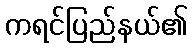
ကရင်ပြည်နယ်၏